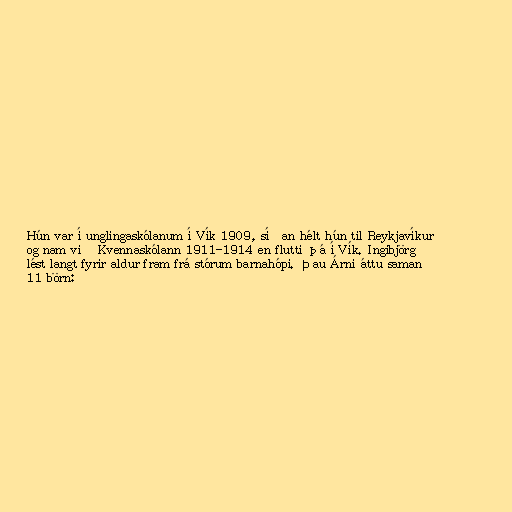
Hún var í unglingaskólanum í Vík 1909, síðan hélt hún til Reykjavíkur
og nam við Kvennaskólann 1911-1914 en flutti þá í Vík. Ingibjörg
lést langt fyrir aldur fram frá stórum barnahópi. Þau Árni áttu saman
11 börn: